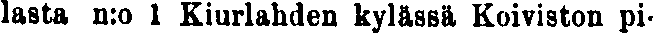
lasta n:o 1 Kiurlahden kylässä Koiviston pi-